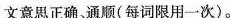
文意思正确、通顺(每词限用一次).